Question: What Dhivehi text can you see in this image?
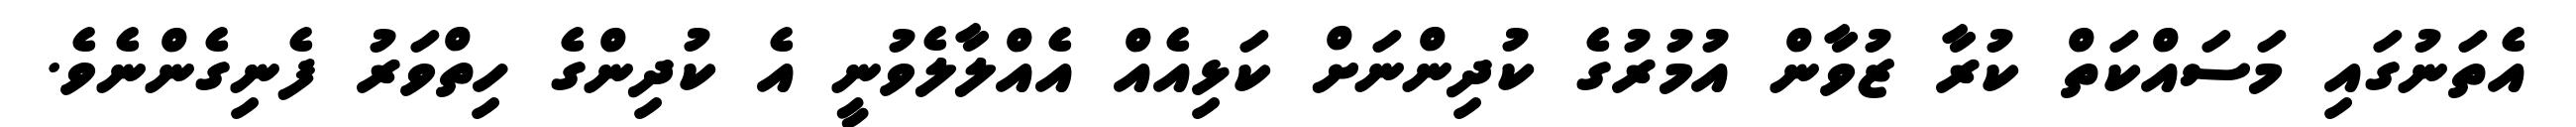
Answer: އެތަނުގައި މަސައްކަތް ކުރާ ޒުވާން އުމުރުގެ ކުދިންނަށް ކަޅިއެއް އެއްލާލެވުނީ އެ ކުދިންގެ ހިތްވަރު ފެނިގެންނެވެ.